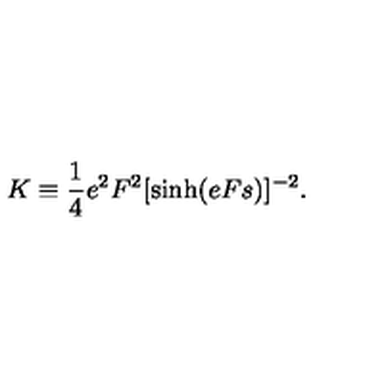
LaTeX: K \equiv \frac { 1 } { 4 } e ^ { 2 } F ^ { 2 } [ \sinh ( e F s ) ] ^ { - 2 } .